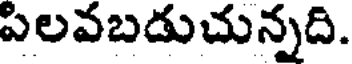
పిలవబడుచున్నది.